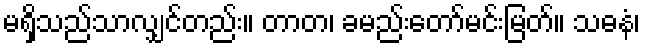
မရှိသည်သာလျှင်တည်း။ တာတ၊ ခမည်းတော်မင်းမြတ်။ သဓနံ၊